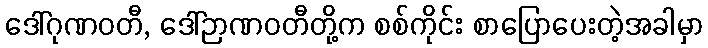
ဒေါ်ဂုဏဝတီ, ဒေါ်ဉာဏဝတီတို့က စစ်ကိုင်း စာပြောပေးတဲ့အခါမှာ